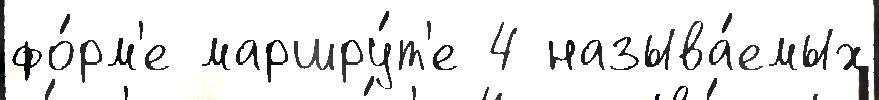
фо́рм'е маршру́т'е 4 называ́емых